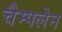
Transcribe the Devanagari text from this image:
चैम्पलेन